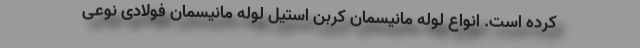
کرده است. انواع لوله مانیسمان کربن استیل لوله مانیسمان فولادی نوعی